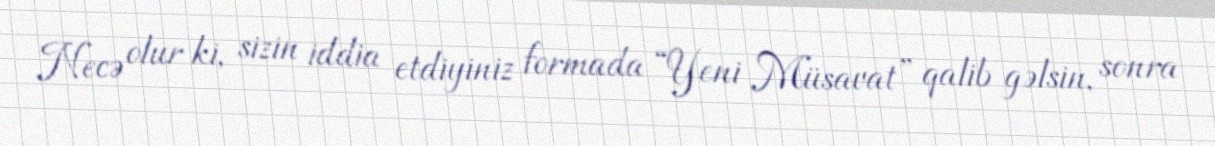
Necə olur ki, sizin iddia etdiyiniz formada “Yeni Müsavat” qalib gəlsin, sonra